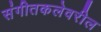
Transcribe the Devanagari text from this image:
संगीतकलेवरील